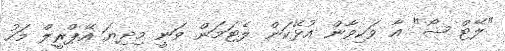
"ލޭޓް ޝޯ" އާ ވަކިވާން އުޅޭކަން ލެޓަމަން ވަނީ މިދިޔަ އޭޕްރީލް މަހު